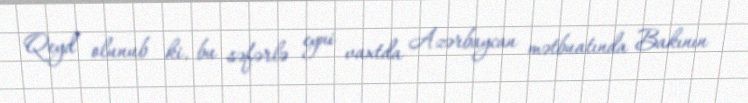
Qeyd olunub ki, bu səfərlə eyni vaxtda Azərbaycan mətbuatında Bakının